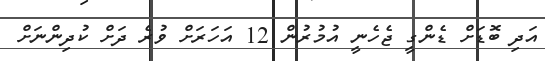
އަދި ބޮޑަށް ޑެންގީ ޖެހެނީ އުމުރުން 12 އަހަރަށް ވުރެ ދަށް ކުދިންނަށް